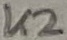
Text: K2